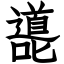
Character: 㘏